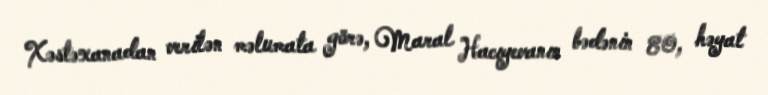
Xəstəxanadan verilən məlumata görə, Maral Hacıyevanın bədənin 80, həyat